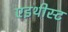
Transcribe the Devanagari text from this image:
एइथीस्ट